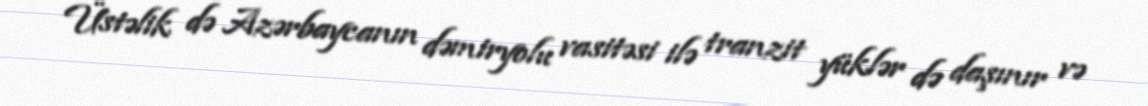
Üstəlik də Azərbaycanın dəmiryolu vasitəsi ilə tranzit yüklər də daşınır və